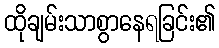
ထိုချမ်းသာစွာနေရခြင်း၏